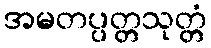
အမတပ္ပတ္တသုတ္တံ